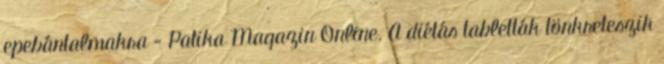
epebántalmakra - Patika Magazin Online. A diétás tabletták tönkreteszik